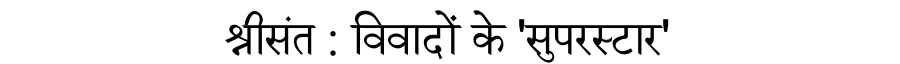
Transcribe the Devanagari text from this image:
श्रीसंत : विवादों के 'सुपरस्टार'